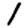
Digit: 1